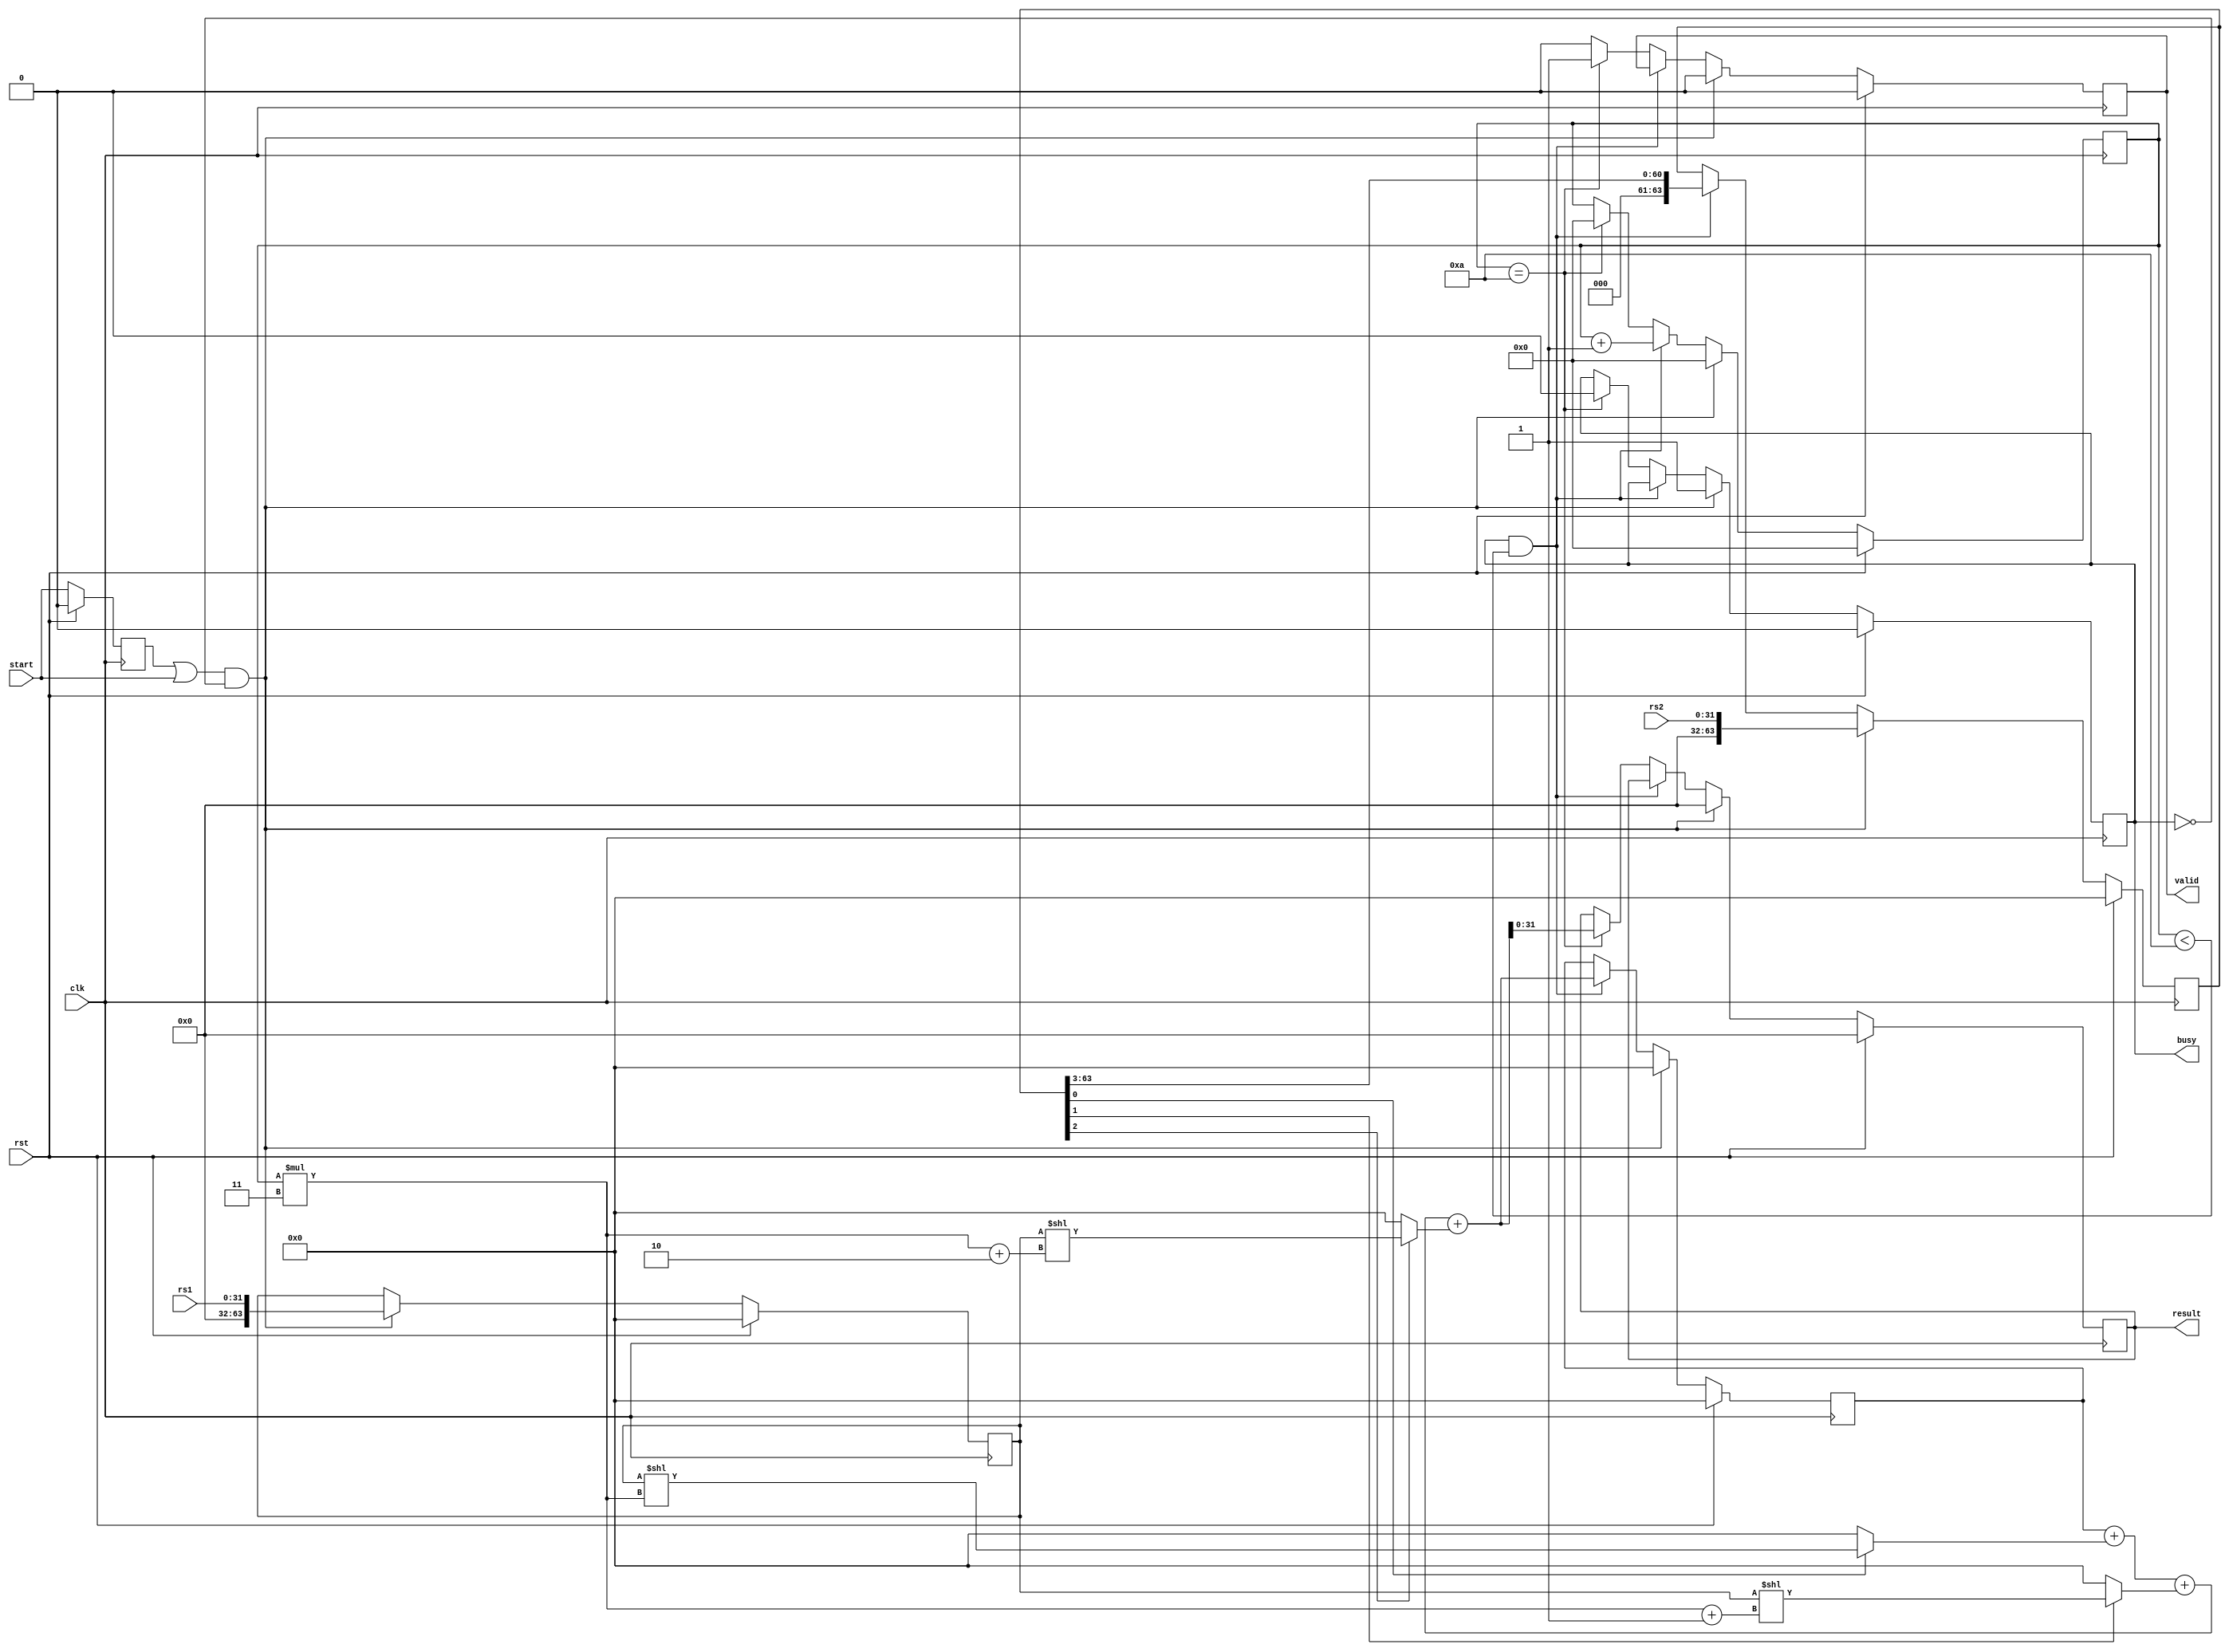
module Booth_Radix4_Multiplier #(parameter WIDTH = 32)(
    input clk,                            // Clock input
    input rst,                            // Reset input
    input [WIDTH-1:0] rs1,                // First operand input
    input [WIDTH-1:0] rs2,                // Second operand input
    input start,                          // Start signal for multiplication
    output reg [WIDTH-1:0] result,        // Result of multiplication (24 MSBs)
    output reg valid,                     // Signal indicating if result is valid
    output reg busy                       // Signal indicating if unit is busy
);

    // Internal registers
    reg [2*WIDTH-1:0] product = 0;        // Product register
    reg [2*WIDTH-1:0] multiplicand;       // Multiplicand register
    reg [2*WIDTH-1:0] multiplier;         // Multiplier register
    reg [$clog2(WIDTH):0] counter = 0;    // Counter for iteration steps
    reg start_reg = 0;                    // Internal start signal

    // Calculate partial products and their accumulation
    wire [2:0] current_bits = multiplier[2:0]; 
    wire [2*WIDTH-1:0] partial_product0 = multiplicand << (counter * 3);
    wire [2*WIDTH-1:0] partial_product1 = multiplicand << (counter * 3 + 1);
    wire [2*WIDTH-1:0] partial_product2 = multiplicand << (counter * 3 + 2);
    wire [2*WIDTH-1:0] add0 = product + (current_bits[0] ? partial_product0 : 0);
    wire [2*WIDTH-1:0] add1 = add0 + (current_bits[1] ? partial_product1 : 0);
    wire [2*WIDTH-1:0] add2 = add1 + (current_bits[2] ? partial_product2 : 0);

    // Main sequential logic for performing Booth Radix-4 multiplication
    always @(posedge clk) begin
        if (rst) begin  // Reset logic
            start_reg <= 0;
            product <= 0;
            multiplicand <= 0;
            multiplier <= 0;
            counter <= 0;
            valid <= 0;
            busy <= 0;
            result <= 0;
        end else begin
            start_reg <= start;
    
            if ((start_reg || start) && !busy) begin  // Initialize multiplication
                multiplicand <= rs1;
                multiplier <= rs2;
                product <= 0;
                counter <= 0;
                busy <= 1;
                valid <= 0;
                result <= 0;
            end else if (busy && counter < WIDTH/3) begin  // Perform multiplication steps
                product <= add2;
                multiplier <= multiplier >> 3;
                counter <= counter + 1;
            end else if (counter == WIDTH/3) begin  // Complete multiplication
                result <= add2[WIDTH-1:0]; 
                counter <= 0; 
                valid <= 1;
                busy <= 0;
            end else if (valid) begin
                valid <= 0;  // Reset valid signal
            end
        end
    end
endmodule